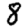
Digit: 8